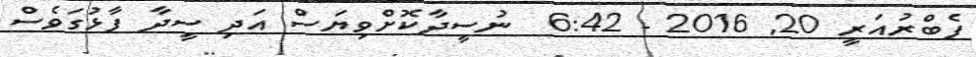
ފެބްރުއަރީ 20